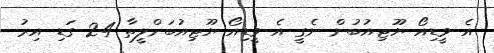
އެ ވީޑިއޯ ޔޫޓިއުބުން ނެގީ އެ ވީޑިއޯ ޔޫޓިއުބަށްލީތާ 24 ގަޑި އިރު